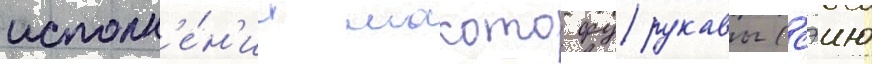
исполн'е́н'ии макото фурукавы (сэию